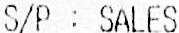
S/P : SALES